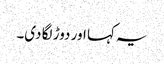
یہ کہا اور دوڑ لگا دی۔